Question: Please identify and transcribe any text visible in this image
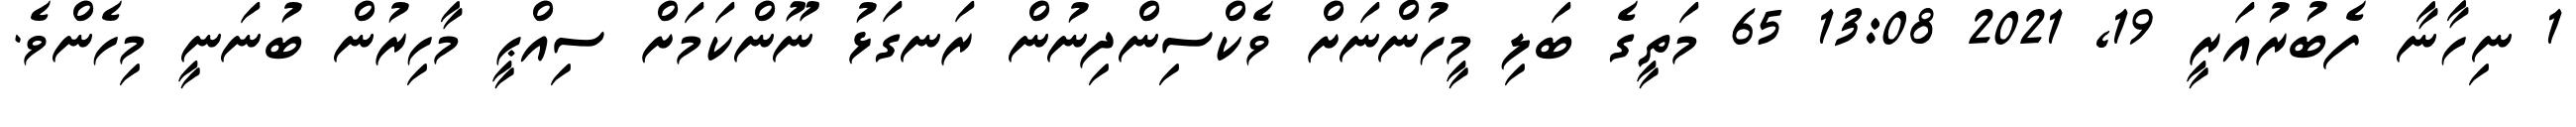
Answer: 1 ނިހާނާ ފެބުރުއަރީ 19, 2021 13:08 65 މަތީގެ ބަލި މީހުންނަށް ވެކްސިންދިނުން ރަނގަޅު ނޫންކަމަށް ސިއްޙީ މާހިރުން ބުނަނީ މިހެންވެ.